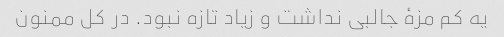
یه کم مزهٔ جالبی نداشت و زیاد تازه نبود. در کل ممنون